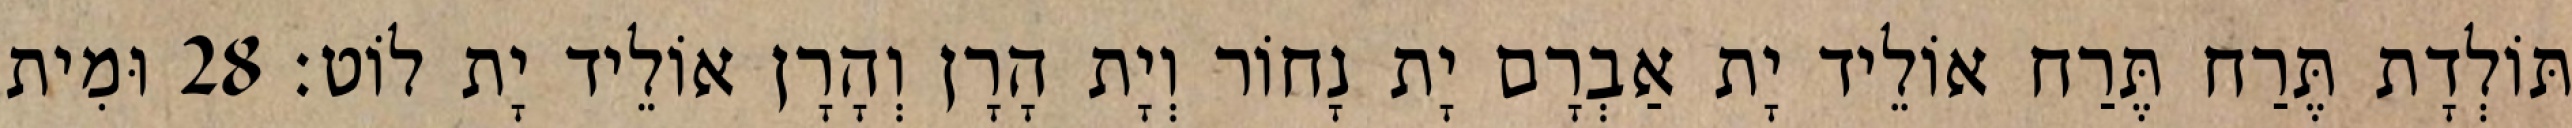
תּוֹלְדָת תֶּרַח תֶּרַח אוֹלֵיד יָת אַבְרָם יָת נָחוֹר וְיָת הָרָן וְהָרָן אוֹלֵיד יָת לוֹט׃ 28 וּמִית